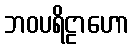
ဘဝပရိဠာဟော